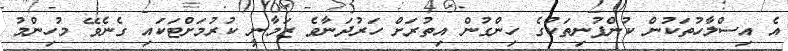
އެ އިސްލާހުތަކުން ކުންފުނިތަކުގެ ހިންގުން އިތުރަށް ހަރުދަނާވެ ޒަމާނީ ކުރުމަށްޓަކައި ގެނެވޭ މުހިންމު